Burma Government Medical School reports 1907-22
Year: 1907
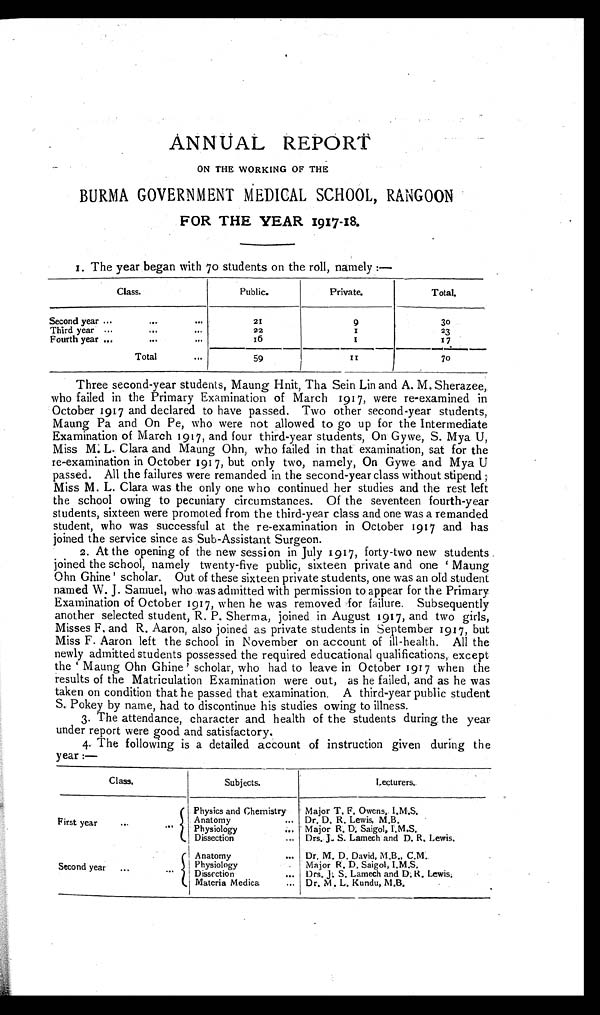
ANNUAL REPORT
ON THE WORKING OF THE
BURMA GOVERNMENT MEDICAL SCHOOL, RANGOON
FOR THE YEAR 1917-18.
1. The year began with 70 students on the roll, namely :—
Class.
Public.
Private.
Total.
Second year ...
....
. . .
21
9
3 0
Third year ...
...
. . .
22
1
23
Fourth year ...
...
...
1 6
1
17
Total
. . .
59
1 1
70
Three second-year students, Maung Hnit, Tha Sein Lin and A. M. Sherazee,
who failed in the Primary Examination of March 1917, were re-examined in
October 1917 and declared to have passed. Two other second-year students,
Maung Pa and On Pe, who were not allowed to go up for the Intermediate
Examination of March 1917, and four third-year students, On Gywe, S. Mya U,
Miss M. L. Clara and Maung Ohn, who failed in that examination, sat for the
re-examination in October 1917, but only two, namely, On Gywe and Mya U
passed. All the failures were remanded in the second-year class without stipend;
Miss M. L. Clara was the only one who continued her studies and the rest left
the school owing to pecuniary circumstances. Of the seventeen fourth-year
students, sixteen were promoted from the third-year class and one was a remanded
student, who was successful at the re-examination in October 1917 and has
joined the service since as Sub-Assistant Surgeon.
2 . A t t h e o p e n i n g o f t h e n e w s e s s i o n i n J u l y 1 9 1 7 , f o r t y - t w o n e w s t u d e n t s
joined the school, namely twenty-five public, sixteen private and one 'Maung
Ohn Ghine' scholar. Out of these sixteen private students, one was an old student
named W. J. Samuel, who was admitted with permission to appear for the Primary
Examination of October 1917, when he was removed for failure. Subsequently
another selected student, R. P. Sherma, joined in August 1917, and two girls,
Misses F. and R. Aaron, also joined as private students in September 1917, but
Miss F. Aaron left the school in November on account of ill-health. All the
newly admitted students possessed the required educational qualifications, except
t h e ' M a u n g O h n G h i n e ' s c h o l a r , w h o h a d t o l e a v e i n O c t o b e r 1 9 1 7 w h e n t h e
results of the Matriculation Examination were out, as he failed, and as he was
taken on condition that he passed that examination. A third-year public student
S. Pokey by name, had to discontinue his studies owing to illness.
3. The attendance, character and health of the students during the year
under report were good and satisfactory.
4. The following is a detailed account of instruction given during the
year :—
Class.
Subjects.
Lecturers.
First year
. . . . . .
Physics and Chemistry
Major T. F. Owens, I.M.S.
Anatomy
... Dr. D. R. Lewis, M.B.
Physiology
... Major R. D. Saigol, I.M.S.
Dissection
... Drs. J. S. Lamech and D. R. Lewis.
Second year
. . .
Anatomy
... Dr. M. D. David, M.B., C.M.
Physiology
Major R. D. Saigol, I.M.S.
Dissection
... Drs. J. S. Lamech and D. R. Lewis.
Materia Medica
... Dr. M. L. Kundu, M.B.